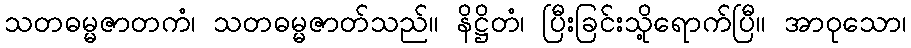
သတဓမ္မဇာတကံ၊ သတဓမ္မဇာတ်သည်။ နိဋ္ဌိတံ၊ ပြီးခြင်းသို့ရောက်ပြီ။ အာဝုသော၊